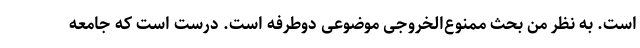
است. به نظر من بحث ممنوع‌الخروجی موضوعی دوطرفه است. درست است که جامعه